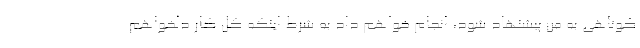
کوتاهی به من پیشنهاد شود، انجام خواهم داد به شرط اینکه کل کار دلخواهم